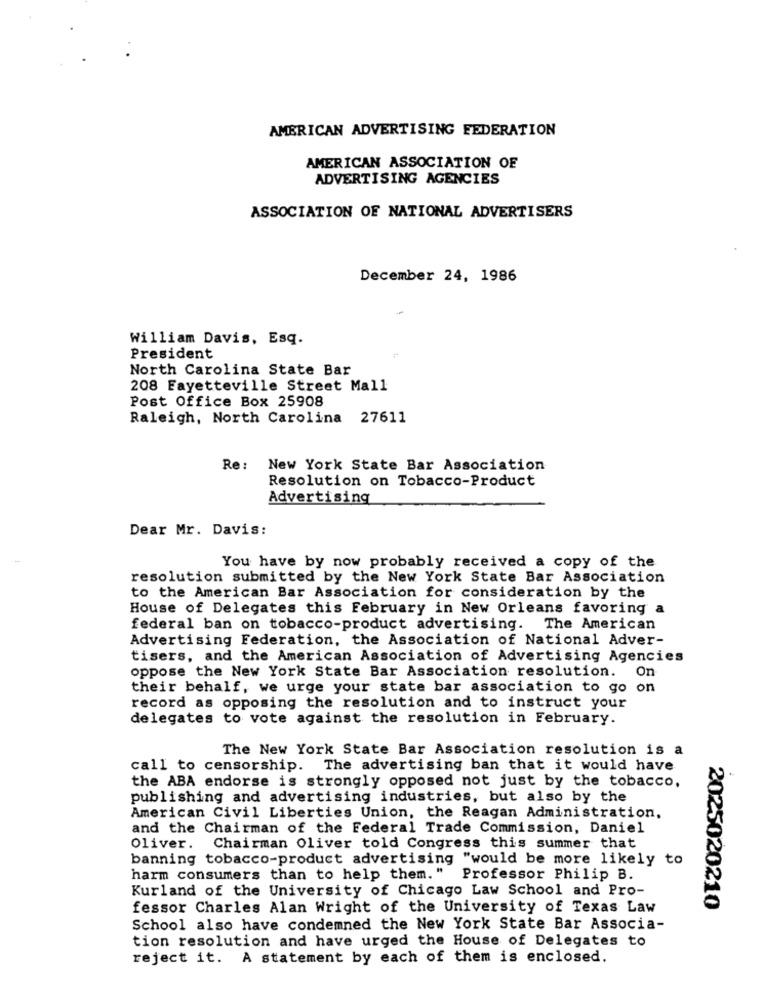
AMERICAN ADVERTISING FEDERATION
AMERICAN ASSOCIATION OF
ADVERTISING AGENCIES
ASSOCIATION OF NATIONAL ADVERTISERS
December 24, 1986
William Davis, Esq.
President
North Carolina State Bar
208 Fayetteville Street Mall
Post Office Box 25908
Raleigh, North Carolina 27611
Re: New York State Bar Association
Resolution on Tobacco-Product
Advertising
Dear Mr. Davis:
You have by now probably received a copy of the
resolution submitted by the New York State Bar Association
to the American Bar Association for consideration by the
House of Delegates this February in New Orleans favoring a
federal ban on tobacco-product advertising. The American
Advertising Federation, the Association of National Adver-
tisers, and the American Association of Advertising Agencies
oppose the New York State Bar Association resolution. On
their behalf, we urge your state bar association to go on
record as opposing the resolution and to instruct your
delegates to vote against the resolution in February.
The New York State Bar Association resolution is a
call to censorship. The advertising ban that it would have
the ABA endorse is strongly opposed not just by the tobacco,
publishing and advertising industries, but also by the
American Civil Liberties Union, the Reagan Administration,
and the Chairman of the Federal Trade Commission, Daniel
Oliver. Chairman Oliver told Congress this summer that
banning tobacco-product advertising "would be more likely to
harm consumers than to help them." Professor Philip B.
Kurland of the University of Chicago Law School and Pro-
fessor Charles Alan Wright of the University of Texas Law
2025020210
School also have condemned the New York State Bar Associa-
tion resolution and have urged the House of Delegates to
reject it. A statement by each of them is enclosed.